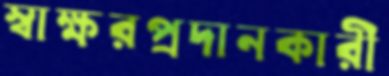
স্বাক্ষরপ্রদানকারী